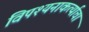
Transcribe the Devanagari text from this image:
विपश्यनाकर्त्याचा